Document type: Dowry acquittance
Year: 1427
Scribe: Pere Tarafa
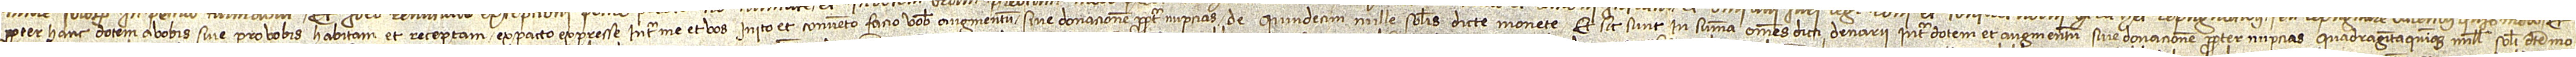
propter hanc dotem a vobis sive pro vobis habitam et receptam ex pacto expresse inter me et vos inito et convento facio vobis augmentum sive donacionem propter nupcias de quindecim mille solidis dicte monete. Et sic sunt in summa omnes dicti denarii inter dotem et augmentum sive donacionem propter nupcias quadraginta quinque mille solidi dicte mo-